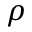
\rho